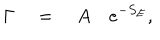
\Gamma \quad = \quad A \quad e ^ { - S _ { E } } ,